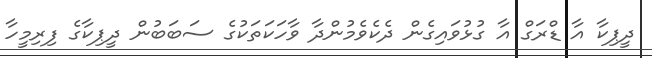
ދީޕިކާ އާ ޑްރަގް އާ ގުޅުވައިގެން ދެކެވެމުންދާ ވާހަކަތަކުގެ ސަބަބުން ދީޕިކާގެ ފިރިމީހާ